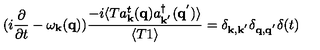
( i \frac { \partial } { \partial t } - \omega _ { { \bf { k } } } ( { \bf { q } } ) ) \frac { - i \langle T a _ { { \bf { k } } } ^ { t } ( { \bf { q } } ) a _ { { \bf { k } } ^ { ' } } ^ { \dagger } ( { \bf { q } } ^ { ' } ) \rangle } { \langle T 1 \rangle } = \delta _ { { \bf { k } } , { \bf { k } } ^ { ' } } \delta _ { { \bf { q } } , { \bf { q } } ^ { ' } } \delta ( t )